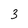
Character: 3